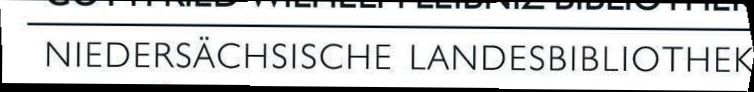
NIEDERSÄCHSISCHE LANDESBIBLIOTHEK